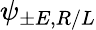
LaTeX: \psi_{\pm E,R/L}